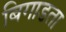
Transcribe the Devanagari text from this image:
बिगाडता